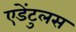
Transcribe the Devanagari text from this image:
एडेंटुलस